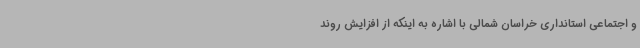
و اجتماعی استانداری خراسان شمالی با اشاره به اینکه از افزایش روند